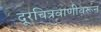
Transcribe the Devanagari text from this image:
दूरचित्रवाणीवरून